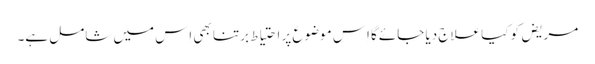
مریض کو کیا علاج دیا جائے‌گا اِس موضوع پر احتیاط برتنا بھی اِس میں شامل ہے۔